Lunatic asylums Burma 1922-24 - 1922-1924
Year: 1922
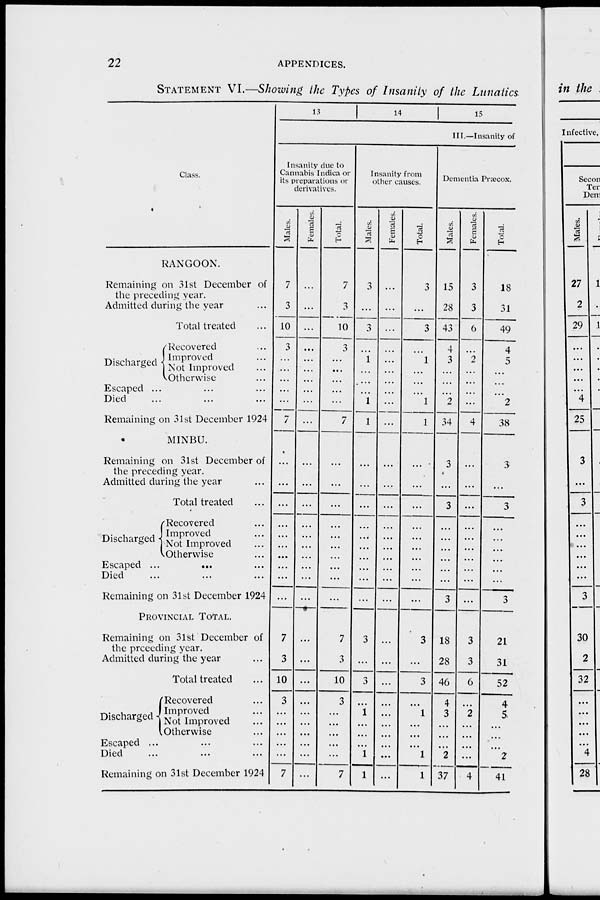
22
APPENDICES.
STATEMENT VI.—Showing the Types of Insanity of the Lunatics.
Class.
RANGOON.
Remaining on 31st December of
the preceding year.
Admitted during the year ...
Total treated ...
Discharged
Recovered ...
Improved ...
Not Improved ...
Otherwise ...
Escaped ... ... ...
Died ... ... ...
Remaining on 31st December 1924
MINBU.
Remaining on 31st December of
the preceding year.
Admitted during the year ...
Total treated ...
Discharged
Recovered ...
Improved ...
Not Improved ...
Otherwise ...
Escaped ...
...
...
Died ... ... ...
Remaining on 31st December 1924
PROVINCIAL TOTAL.
Remaining on 31st December of
the preceding year.
Admitted during the year ...
Total treated ...
Discharged
Recovered ...
Improved ...
Not Improved ...
Otherwise ...
Escaped ... ... ...
Died ... ... ...
Remaining on 31st December 1924
13
14
15
III.—Insanity of
Insanity due to
Cannabis Indica or
its preparations or
derivatives.
Males.
7
3
10
3
...
...
...
...
...
7
...
...
...
...
...
...
...
...
...
...
7
3
10
3
...
...
...
...
...
7
Females.
...
...
...
...
...
...
...
...
...
...
...
...
...
...
...
...
...
...
...
...
...
...
...
...
...
...
...
...
...
...
Total.
7
3
10
3
...
...
...
...
...
7
...
...
...
...
...
...
...
...
...
...
7
3
10
3
...
...
...
...
...
7
Insanity from
other causes.
Males.
3
...
3
...
1
...
...
...
1
1
...
...
...
...
...
...
...
...
...
...
3
...
...
...
1
...
...
...
1
1
Females.
...
...
...
...
...
...
...
...
...
...
...
...
...
...
...
...
...
...
...
...
...
...
...
...
...
...
...
...
...
...
Total.
3
...
3
...
1
...
...
...
1
1
...
...
...
...
...
...
...
...
...
...
3
...
3
...
1
...
...
...
1
1
Dementia Præcox.
Males.
15
28
43
4
3
...
...
...
2
34
3
...
3
...
...
...
...
...
...
3
18
28
46
4
3
...
...
...
2
37
Females.
3
3
6
...
2
...
...
...
...
4
...
...
...
...
...
...
...
...
...
...
3
3
6
...
2
...
...
...
...
4
Total.
18
31
49
4
5
...
...
...
2
38
3
...
3
...
...
...
...
...
...
3
21
31
52
4
5
...
...
...
2
41